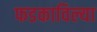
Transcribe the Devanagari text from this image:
फडकाविल्या